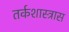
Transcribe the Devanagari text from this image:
तर्कशास्त्रास